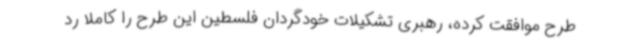
طرح موافقت کرده، رهبری تشکیلات خودگردان فلسطین این طرح را کاملاً رد